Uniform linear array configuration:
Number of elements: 16
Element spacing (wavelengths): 0.5
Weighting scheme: kaiser
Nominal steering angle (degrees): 30
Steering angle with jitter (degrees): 31.732
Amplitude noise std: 0.05
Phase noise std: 0.05

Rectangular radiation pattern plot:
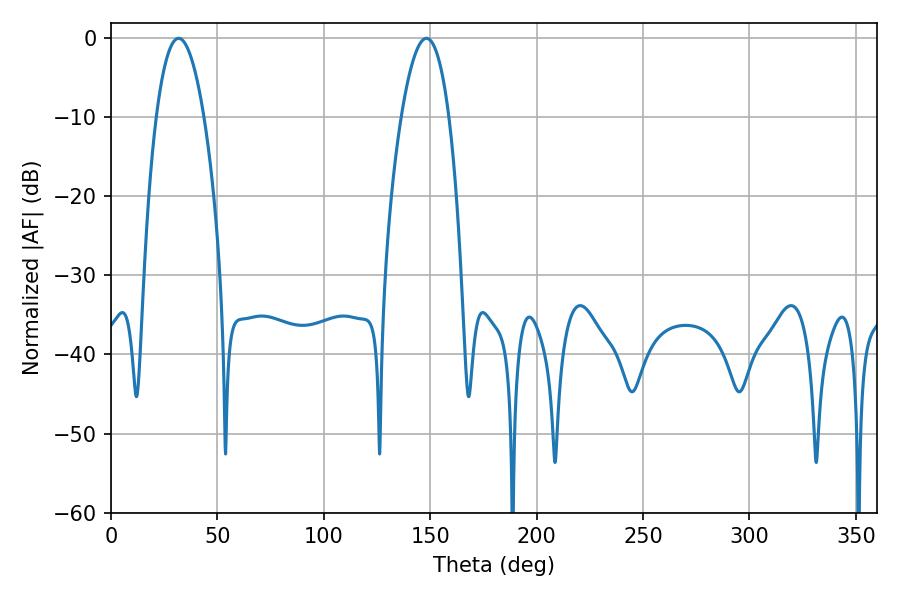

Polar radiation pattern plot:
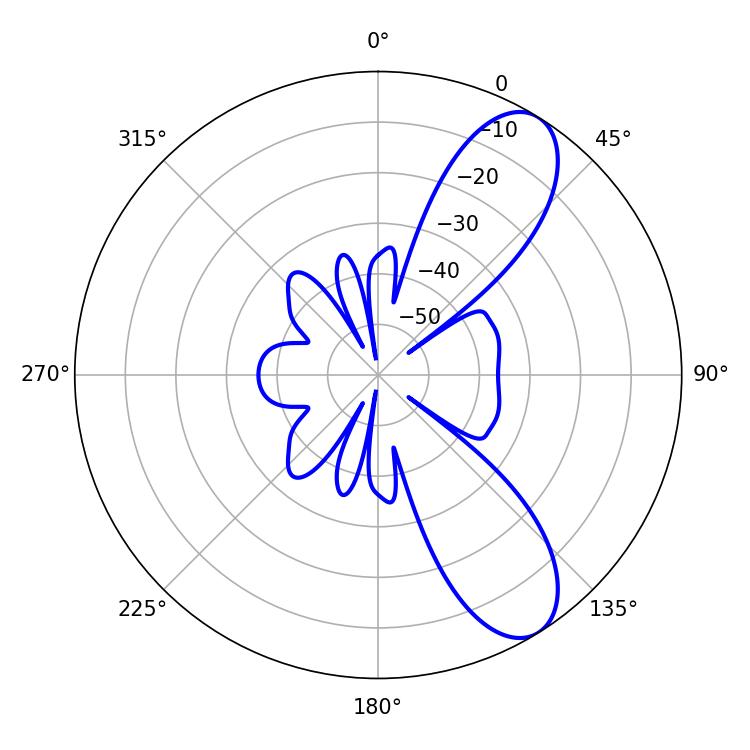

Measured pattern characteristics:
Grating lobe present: FALSE
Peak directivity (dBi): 9.111
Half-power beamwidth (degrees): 12.42
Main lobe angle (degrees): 31.86